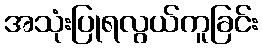
အသုံးပြုရလွယ်ကူခြင်း